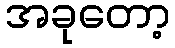
အခုတော့